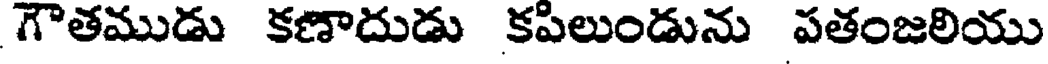
గౌతముడు కణాదుడు కపిలుండును పతంజలియు